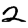
Digit: 2